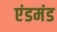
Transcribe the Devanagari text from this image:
एंडमंड